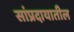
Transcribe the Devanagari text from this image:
सांप्रदायातील